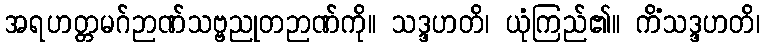
အရဟတ္တမဂ်ဉာဏ်သဗ္ဗညုတဉာဏ်ကို။ သဒ္ဒဟတိ၊ ယုံကြည်၏။ ကိံသဒ္ဒဟတိ၊